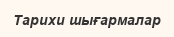
Тарихи шығармалар